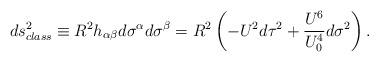
LaTeX: \begin{align*}ds_{class}^2 \equiv R^2 h_{\alpha\beta}d\sigma^\alpha d\sigma^\beta = R^2\left( -U^2 d\tau^2 + \frac{U^6}{U_0^4}d\sigma^2 \right).\end{align*}